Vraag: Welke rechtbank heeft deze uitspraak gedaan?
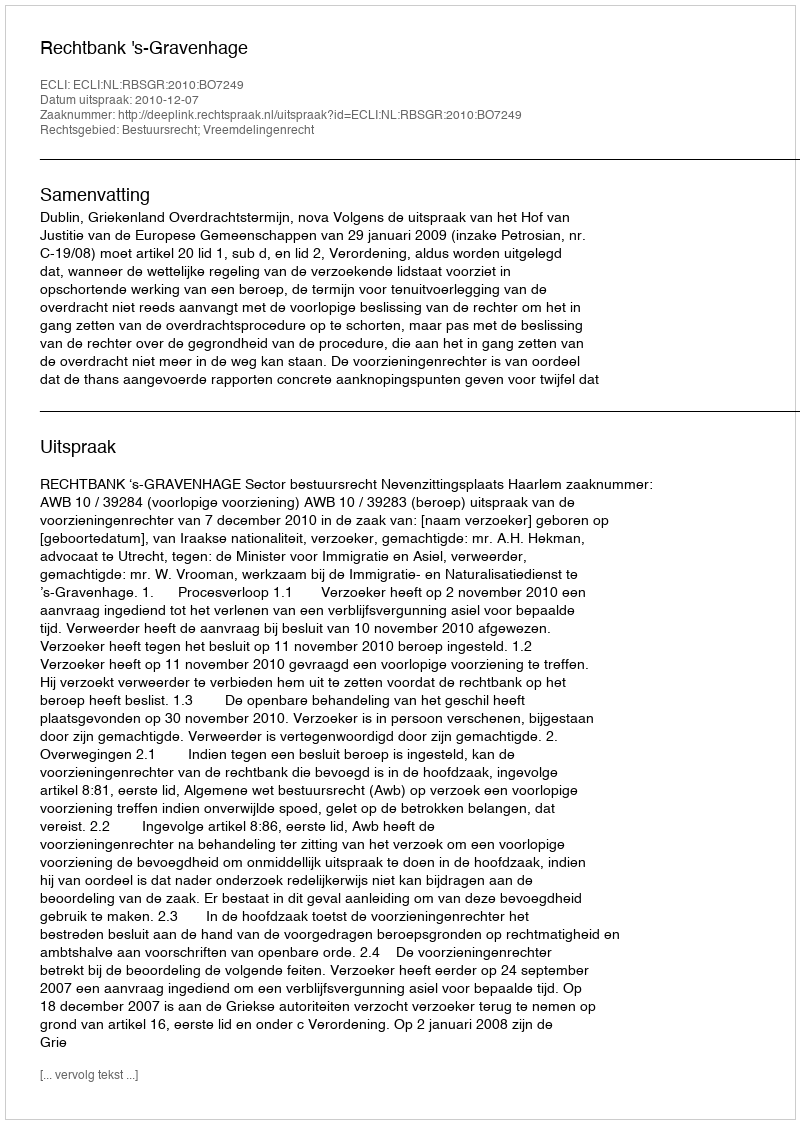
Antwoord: Rechtbank 's-Gravenhage